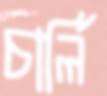
চার্লি